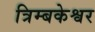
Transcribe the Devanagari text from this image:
त्रिम्बकेश्वर